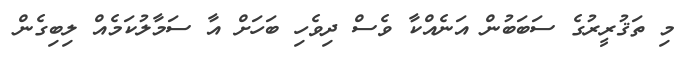
މި ތަޤުރީރުގެ ސަބަބުން އަނެއްކާ ވެސް ދިވެހި ބަހަށް އާ ސަމާލުކަމެއް ލިބިގެން